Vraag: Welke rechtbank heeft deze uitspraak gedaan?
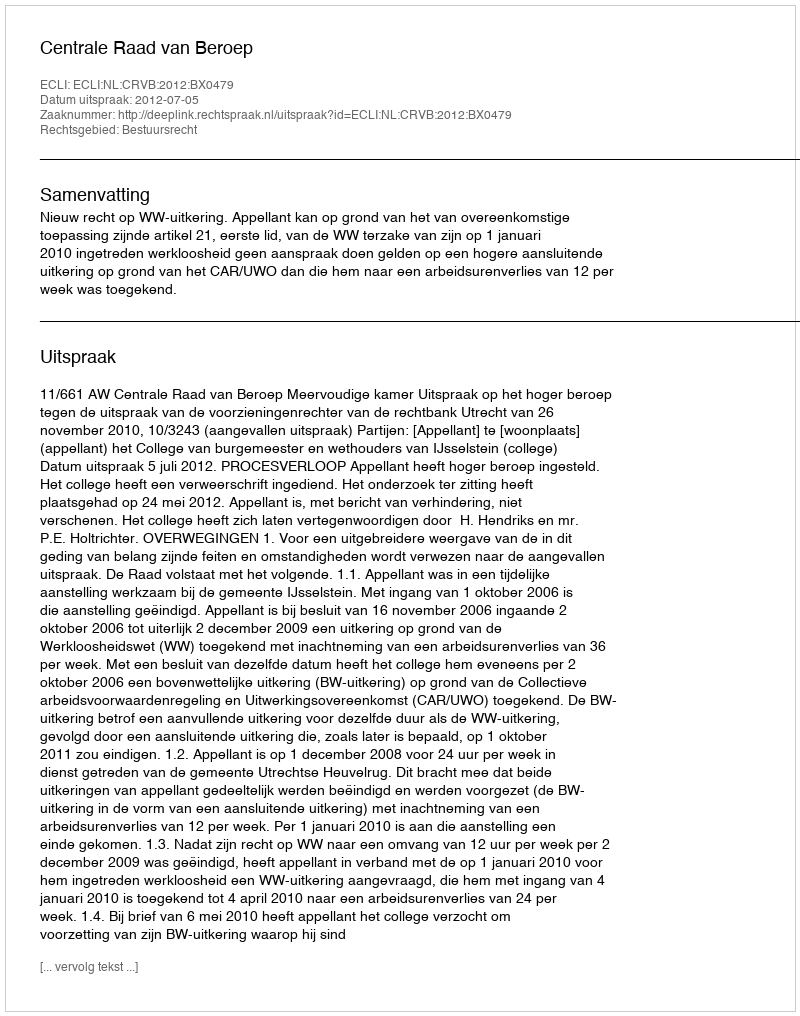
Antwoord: Centrale Raad van Beroep